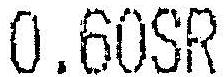
0.60SR